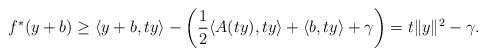
LaTeX: \begin{align*}f^*(y+b)\geq \langle y+b,ty\rangle-\left(\frac{1}{2}\langle A(ty),ty\rangle +\langle b,ty\rangle+\gamma\right)=t\|y\|^2-\gamma.\end{align*}